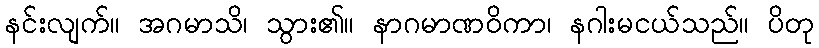
နင်းလျက်။ အဂမာသိ၊ သွား၏။ နာဂမာဏဝိကာ၊ နဂါးမငယ်သည်။ ပိတု